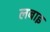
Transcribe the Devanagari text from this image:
लबाइ